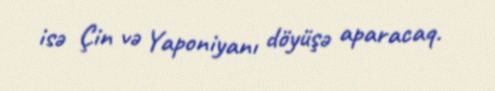
isə Çin və Yaponiyanı döyüşə aparacaq.